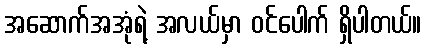
အဆောက်အအုံရဲ့ အလယ်မှာ ဝင်ပေါက် ရှိပါတယ်။